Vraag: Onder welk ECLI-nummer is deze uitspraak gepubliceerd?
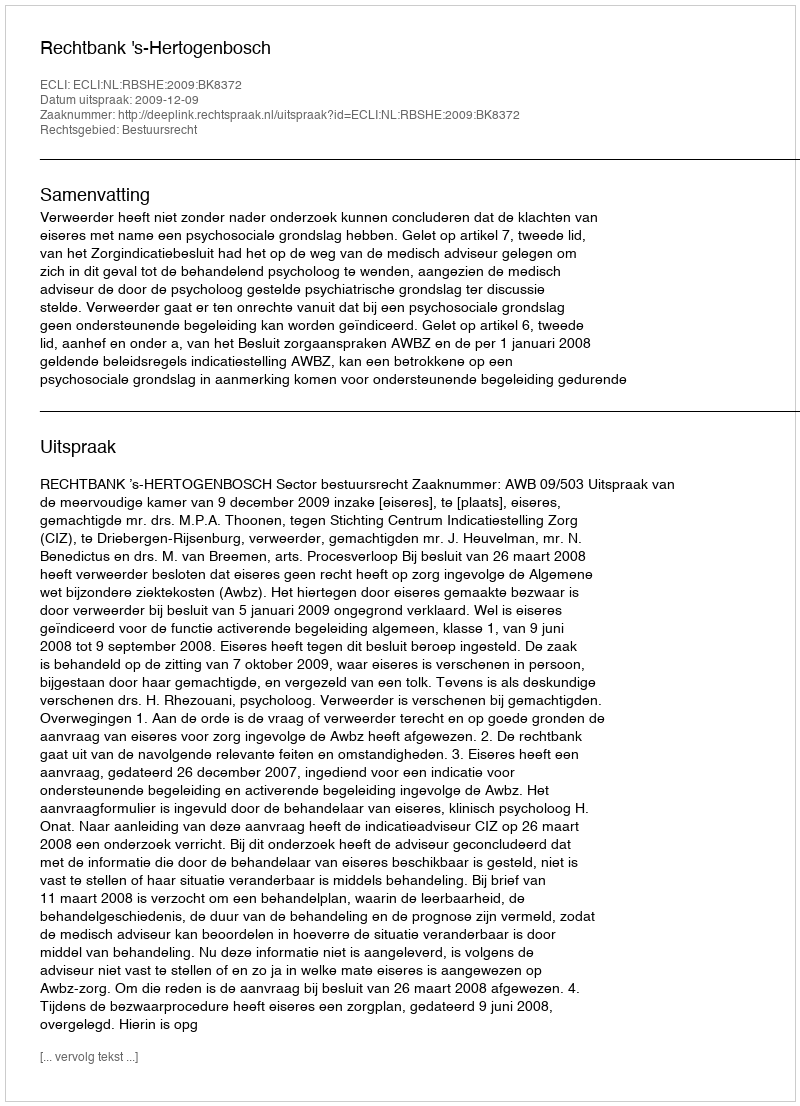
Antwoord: ECLI:NL:RBSHE:2009:BK8372